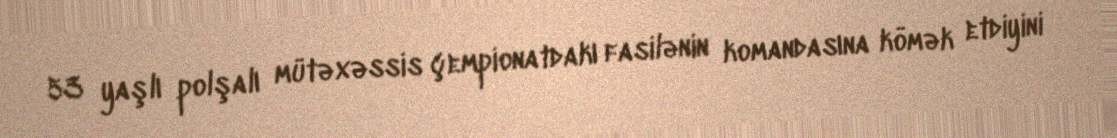
53 yaşlı polşalı mütəxəssis çempionatdakı fasilənin komandasına kömək etdiyini